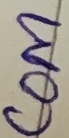
Text: COM